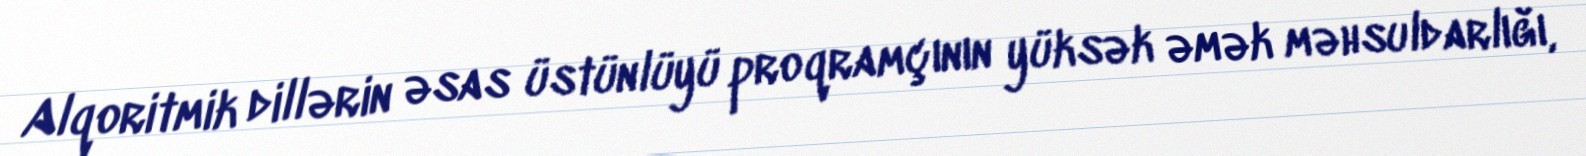
Alqoritmik dillərin əsas üstünlüyü proqramçının yüksək əmək məhsuldarlığı,